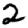
Digit: 2